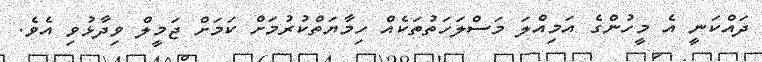
ދައްކަނީ އެ މީހުންގެ އަމިއްލަ މަސްލަހަތުތަކެއް ހިމާޔަތްކުރުމަށް ކަމަށް ޖަމީލް ވިދާޅުވި އެވެ.